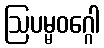
ဩပမ္မဝဂ္ဂေါ